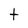
Character: t